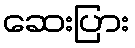
ဆေးပြား